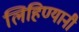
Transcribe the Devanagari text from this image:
लिहिण्यानी